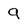
Character: 9